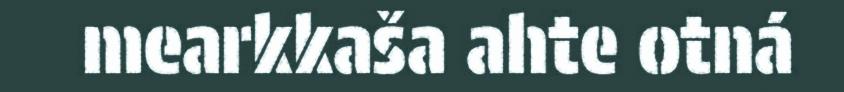
mearkkaša ahte otná